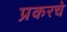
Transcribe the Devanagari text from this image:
प्रकरचे